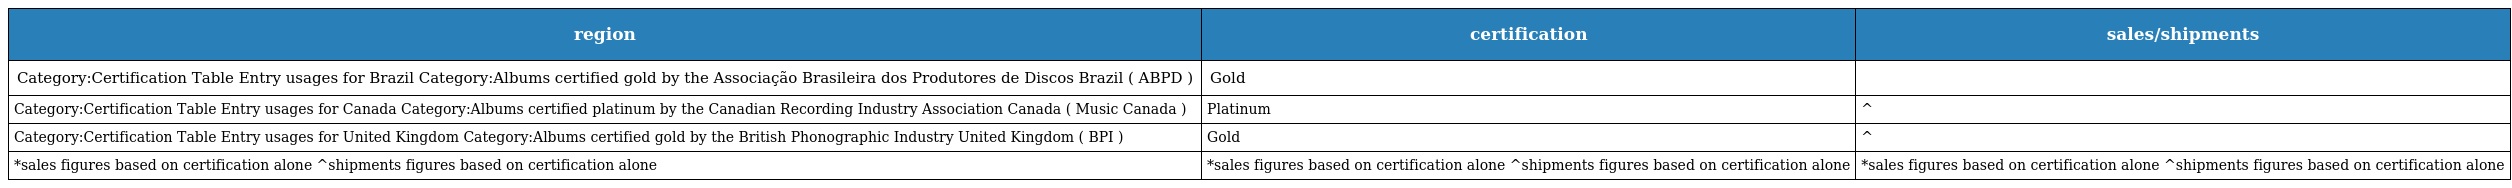
| region | certification | sales/shipments |
 | --- | --- | --- |
 | Category:Certification Table Entry usages for Brazil Category:Albums certified gold by the Associação Brasileira dos Produtores de Discos Brazil ( ABPD ) | Gold |  |
 | Category:Certification Table Entry usages for Canada Category:Albums certified platinum by the Canadian Recording Industry Association Canada ( Music Canada ) | Platinum | ^ |
 | Category:Certification Table Entry usages for United Kingdom Category:Albums certified gold by the British Phonographic Industry United Kingdom ( BPI ) | Gold | ^ |
 | *sales figures based on certification alone ^shipments figures based on certification alone | *sales figures based on certification alone ^shipments figures based on certification alone | *sales figures based on certification alone ^shipments figures based on certification alone |